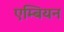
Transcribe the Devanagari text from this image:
एम्बियन